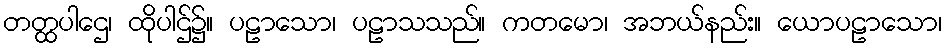
တတ္ထပါဌေ၊ ထိုပါဌ်၌။ ပဠာသော၊ ပဠာသသည်။ ကတမော၊ အဘယ်နည်း။ ယောပဠာသော၊